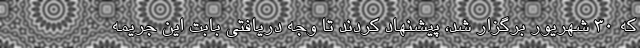
که 30 شهریور برگزار شد، پیشنهاد کردند تا وجه دریافتی بابت این جریمه